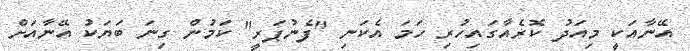
އޭނާއަކީ މިއަދު ކޮރެއާގައިހުރި ހަމަ އެކަނި "ފެނުޕަރީ" ކަމުން ގިނަ ބަޔަކު އޭނާއަށް